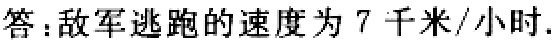
答：敌军逃跑的速度为 7 千米/小时.